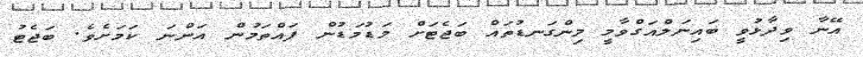
އޭނާ ވިދާޅުވީ ބައިނަލްއަގްވާމީ މިންގަނޑުތައް ބަޖެޓަށް މަޑުމަޑުން ފައްތަމުން އަންނަ ކަމަށެވެ. ބަޖެޓު